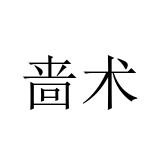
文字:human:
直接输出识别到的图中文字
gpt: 啬术